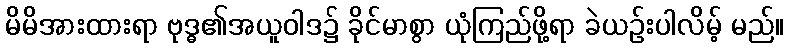
မိမိအားထားရာ ဗုဒ္ဓ၏အယူဝါဒ၌ ခိုင်မာစွာ ယုံကြည်ဖို့ရာ ခဲယဉ်းပါလိမ့် မည်။